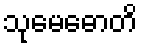
သုမေဓောတိ